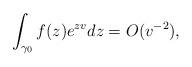
LaTeX: \begin{align*} \int_{\gamma_0}f(z)e^{zv}dz=O(v^{-2}), \end{align*}